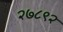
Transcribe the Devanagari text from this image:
२७८९२